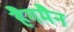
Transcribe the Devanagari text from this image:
हैगमैन